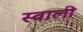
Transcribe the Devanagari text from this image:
स्वाली